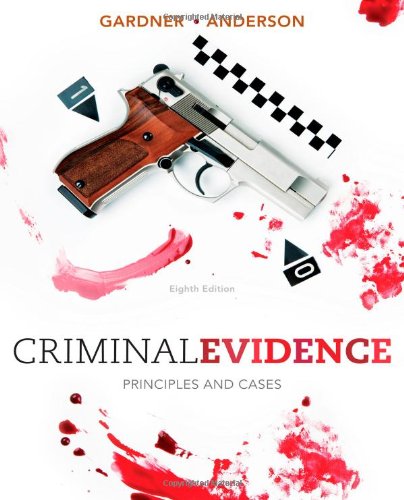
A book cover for Criminal Evidence: Principles and Cases; Thomas J. Gardner; Law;